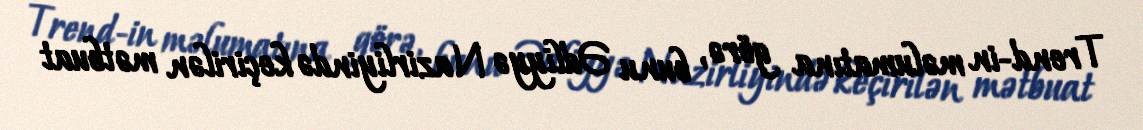
Trend-in məlumatına görə, bunu Ədliyyə Nazirliyində keçirilən mətbuat